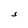
Character: S